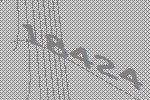
18424